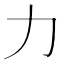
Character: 力